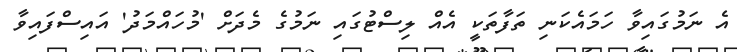
އެ ނަމުގައިވާ ހަމައެކަނި ތަފާތަކީ އެއް ލިސްޓުގައި ނަމުގެ މެދަށް 'މުހައްމަދު' އައިސްފައިވާ